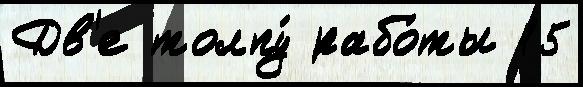
Дв'е толпу́ рабо́ты 15